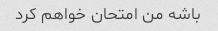
باشه من امتحان خواهم کرد